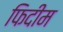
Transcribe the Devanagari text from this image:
फिदीम